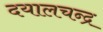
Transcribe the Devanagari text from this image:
दयालचन्द्र